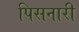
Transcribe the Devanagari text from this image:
पिसनारी